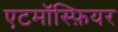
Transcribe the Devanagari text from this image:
एटमॉस्फ़ियर